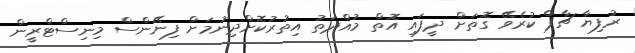
ރުފިޔާ ޗާޕް ކުރެވޭ ގޮތަށް ދީފައި އޮތް މުއްދަތު އިތުރުކޮށްދިނުމަށް ފިނޭންސް މިނިސްޓްރީން